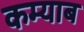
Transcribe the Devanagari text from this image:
कम्याब